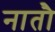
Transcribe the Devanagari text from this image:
नातौ